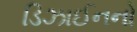
ડિઝાઈનનો